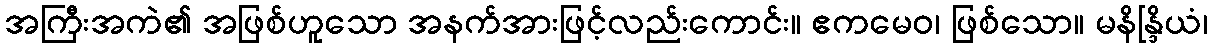
အကြီးအကဲ၏ အဖြစ်ဟူသော အနက်အားဖြင့်လည်းကောင်း။ ဧကမေဝ၊ ဖြစ်သော။ မနိန္ဒြိယံ၊